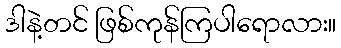
ဒါနဲ့တင် ဖြစ်ကုန်ကြပါရောလား။